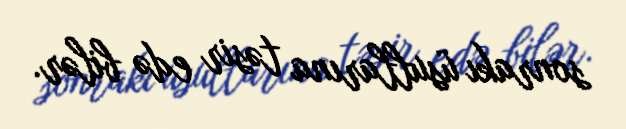
sonrakı üsullarına təsir edə bilər.